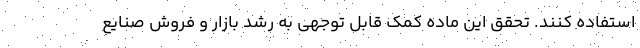
استفاده کنند. تحقق این ماده کمک قابل توجهی به رشد بازار و فروش صنایع